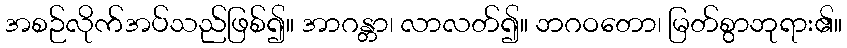
အစဉ်လိုက်အပ်သည်ဖြစ်၍။ အာဂန္တာ၊ လာလတ်၍။ ဘဂဝတော၊ မြတ်စွာဘုရား၏။